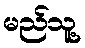
မည်သူ့